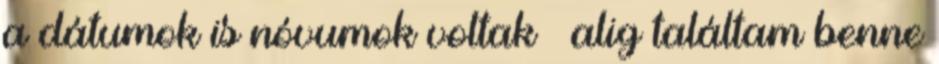
a dátumok is nóvumok voltak – alig talál­tam benne